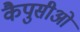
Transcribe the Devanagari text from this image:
कैपुसीओ